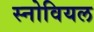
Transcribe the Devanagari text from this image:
स्नोवियल